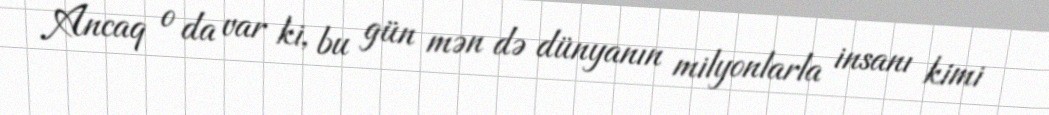
Ancaq o da var ki, bu gün mən də dünyanın milyonlarla insanı kimi